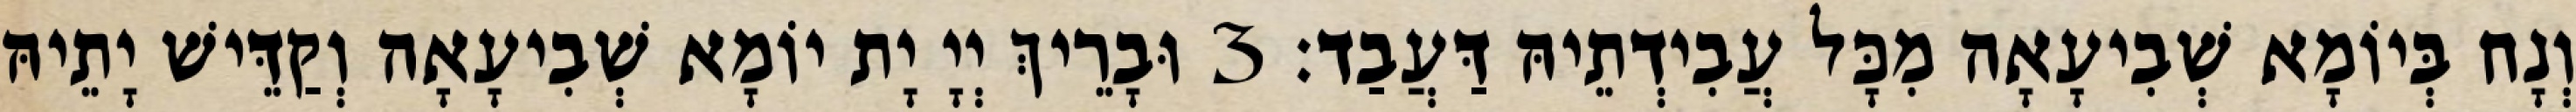
וְנָח בְּיוֹמָא שְׁבִיעָאָה מִכָּל עֲבִידְתֵיהּ דַּעֲבַד׃ 3 וּבָרֵיךְ יְיָ יָת יוֹמָא שְׁבִיעָאָה וְקַדֵּישׁ יָתֵיהּ